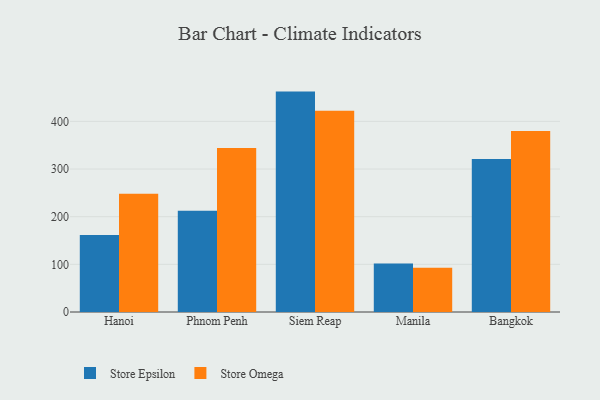
{"axis": {"x": "City", "y": "Headcount"}, "legend": ["Store Epsilon", "Store Omega"], "data": [{"x": "Hanoi", "y": 161.6, "type": "Store Epsilon"}, {"x": "Hanoi", "y": 248.1, "type": "Store Omega"}, {"x": "Phnom Penh", "y": 212.7, "type": "Store Epsilon"}, {"x": "Phnom Penh", "y": 343.9, "type": "Store Omega"}, {"x": "Siem Reap", "y": 462.5, "type": "Store Epsilon"}, {"x": "Siem Reap", "y": 422.3, "type": "Store Omega"}, {"x": "Manila", "y": 101.7, "type": "Store Epsilon"}, {"x": "Manila", "y": 93.1, "type": "Store Omega"}, {"x": "Bangkok", "y": 321.3, "type": "Store Epsilon"}, {"x": "Bangkok", "y": 379.9, "type": "Store Omega"}]}